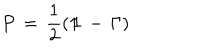
LaTeX: P \, = \, \frac { 1 } { 2 } ( 1 \! \! 1 \, - \, \Gamma )